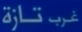
غرّب تازة